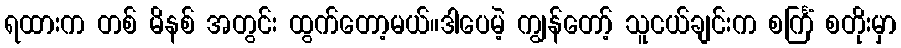
ရထားက တစ် မိနစ် အတွင်း ထွက်တော့မယ်။ဒါပေမဲ့ ကျွန်တော့် သူငယ်ချင်းက စင်္ကြံ စတိုးမှာ